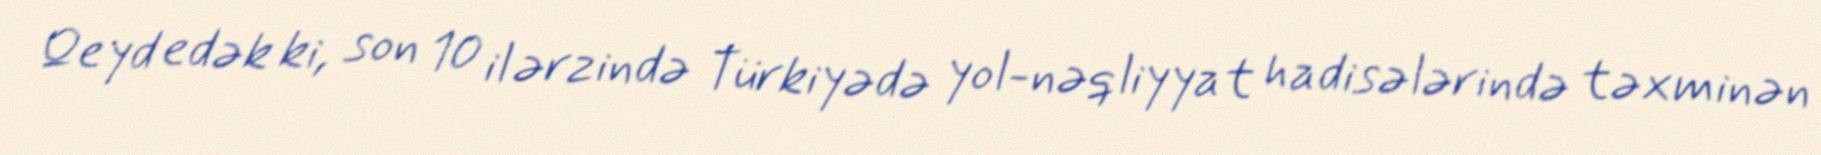
Qeyd edək ki, son 10 il ərzində Türkiyədə yol-nəqliyyat hadisələrində təxminən